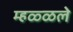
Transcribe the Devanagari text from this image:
म्हळ्ळले